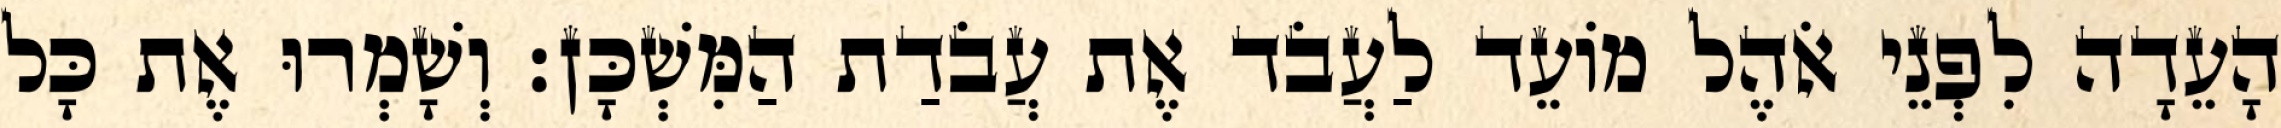
הָעֵדָה לִפְנֵי אֹהֶל מוֹעֵד לַעֲבֹד אֶת עֲבֹדַת הַמִּשְׁכָּן׃ וְשָׁמְרוּ אֶת כָּל